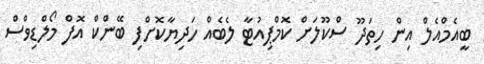
ބީއެމްއެލް އިން ހިތަދޫ ސްކޫލަށް ކޮމްޕިއުޓާ ލެބެއް ހަދިޔާކޮށްފި ބޭންކް އޮފް މޯލްޑިވްސް